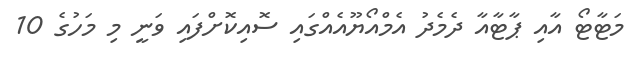
މަޓާޓޯ އާއި ޕާޓާއާ ދެމެދު އެމްއޯޔޫއެއްގައި ސޮއިކޮށްފައި ވަނީ މި މަހުގެ 10